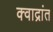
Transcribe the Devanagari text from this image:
क्वाद्रांत